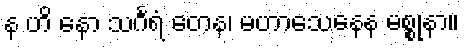
န ဟိ နော သင်္ဂရံ တေန၊ မဟာသေနေန မစ္စုနာ။